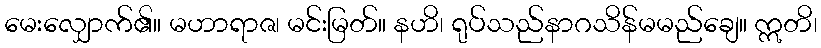
မေးလျှောက်၏။ မဟာရာဇ၊ မင်းမြတ်။ နဟိ၊ ရုပ်သည်နာဂသိန်မမည်ချေ။ ဣတိ၊